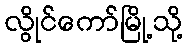
လွိုင်ကော်မြို့သို့